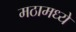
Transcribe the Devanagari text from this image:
मठामध्ये